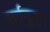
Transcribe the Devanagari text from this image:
सर्वनूतन